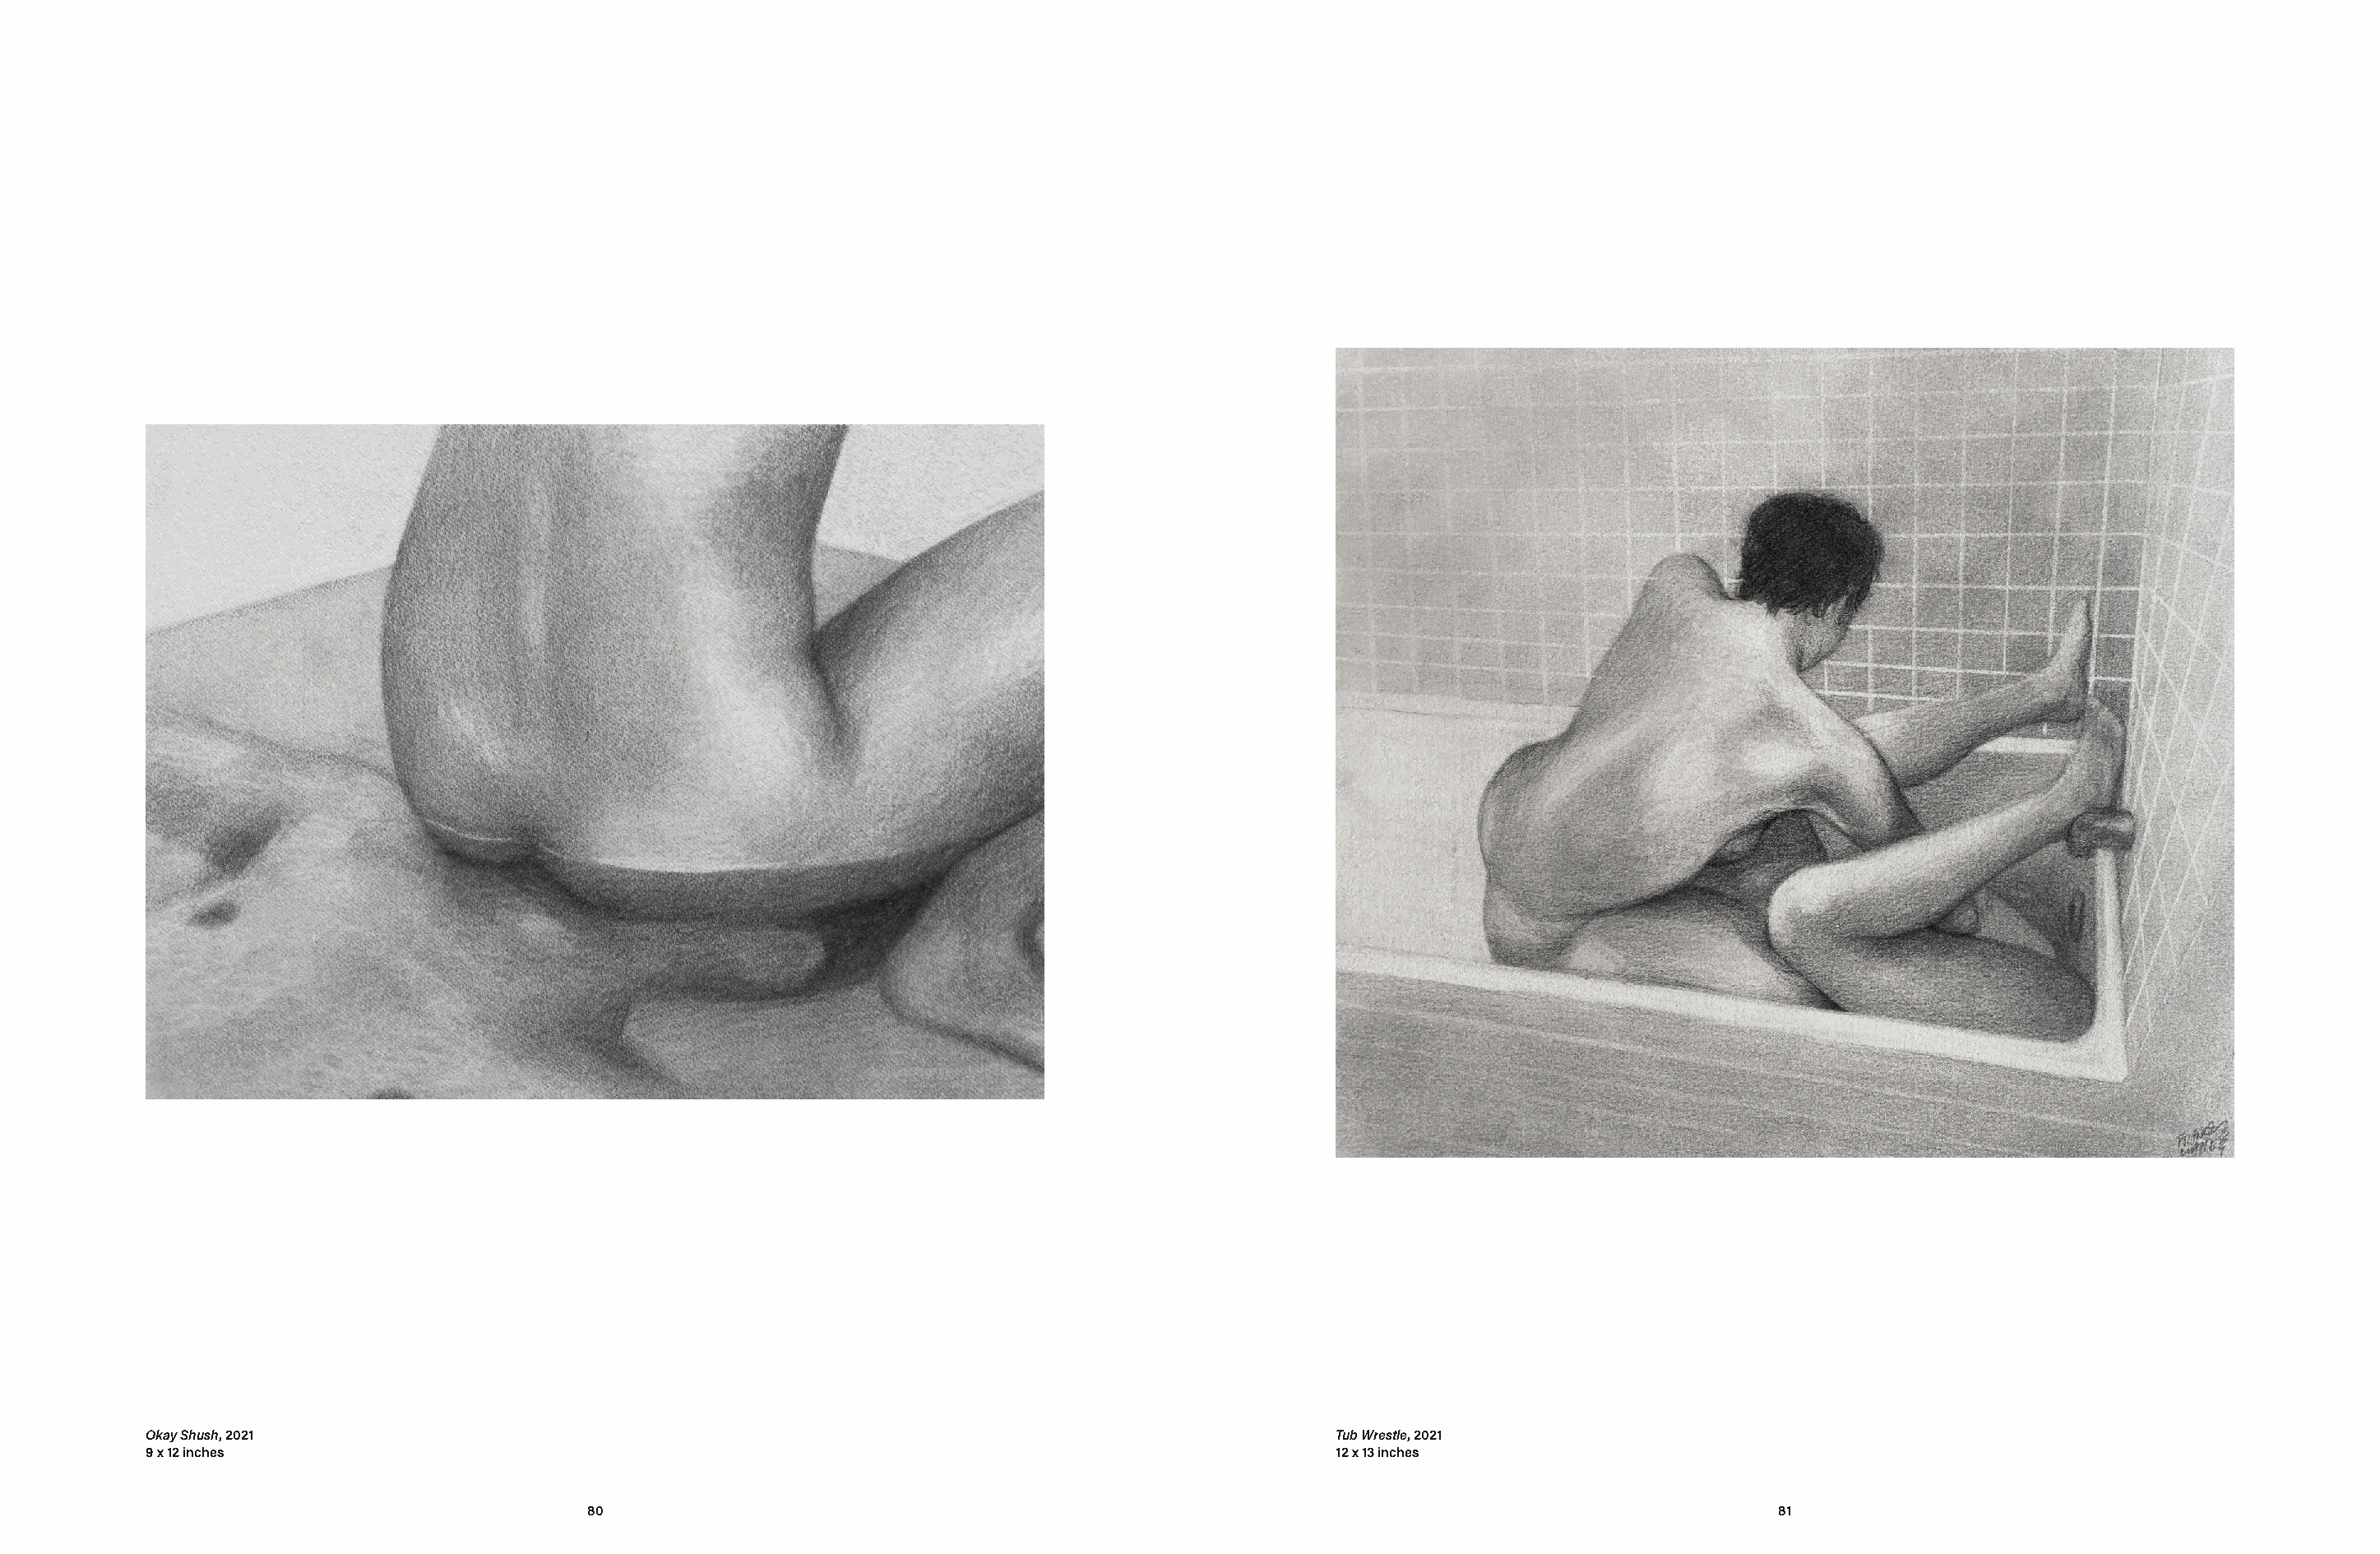
Okay Shush, 2021                                                                                Tub Wrestle, 2021
 9 x 12 inches                                                                                   12 x 13 inches
 80                                                                                              81